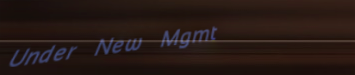
Under New Mgmt